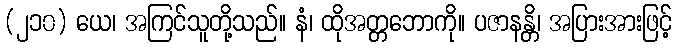
(၂၁၀) ယေ၊ အကြင်သူတို့သည်။ နံ၊ ထိုအတ္တဘောကို။ ပဇာနန္တိ၊ အပြားအားဖြင့်